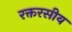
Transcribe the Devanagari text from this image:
रक्तरसीय